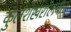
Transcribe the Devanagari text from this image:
कुलशेखरालवार